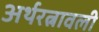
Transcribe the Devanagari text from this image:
अर्थरत्नावली